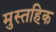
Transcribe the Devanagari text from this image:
मुस्तहिक